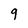
Character: 9